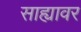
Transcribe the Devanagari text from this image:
साह्यावर